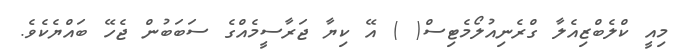
މިއީ ކްލެބްޒިއެލާ ގްރެނިއުލޯމެޓިސް( ) އޭ ކިޔާ ޖަރާސީމެއްގެ ސަބަބުން ޖެހޭ ބައްޔެކެވެ.